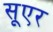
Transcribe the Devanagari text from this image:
सूएर